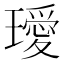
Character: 璦